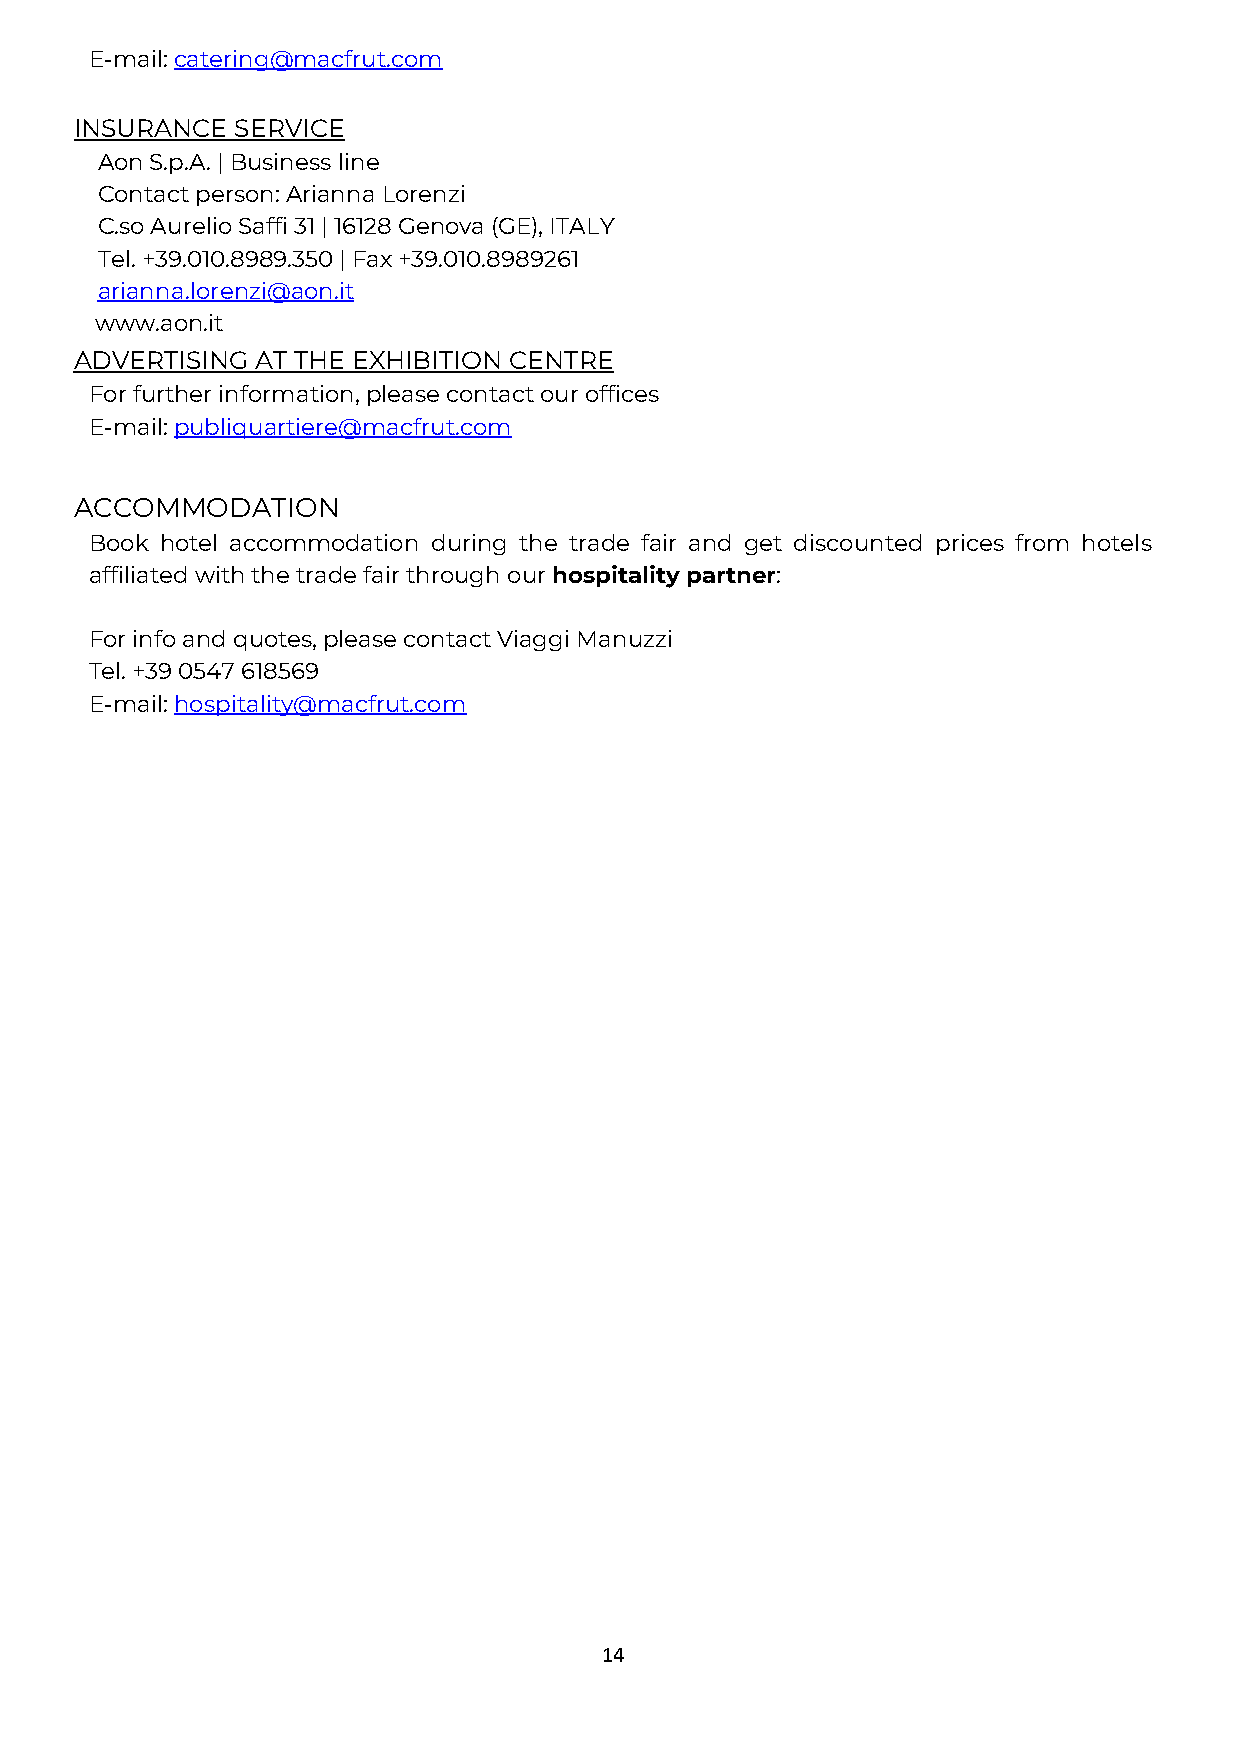
E-mail: catering@macfrut.com
 INSURANCE  SERVICE
 Aon S.p.A. | Business line
 Contact person: Arianna Lorenzi
 C.so Aurelio Saffi 31 | 16128 Genova (GE), ITALY
 Tel. +39.010.8989.350 | Fax +39.010.8989261
 arianna.lorenzi@aon.it
 www.aon.it
 ADVERTISING AT THE EXHIBITION CENTRE
 For further information, please contact our offices
 E-mail: publiquartiere@macfrut.com
 ACCOMMODATION
 Book hotel accommodation during the trade fair and get discounted prices from hotels
 affiliated with the trade fair through our hospitality partner:
 For info and quotes, please contact Viaggi Manuzzi
 Tel. +39 0547 618569
 E-mail: hospitality@macfrut.com
 14